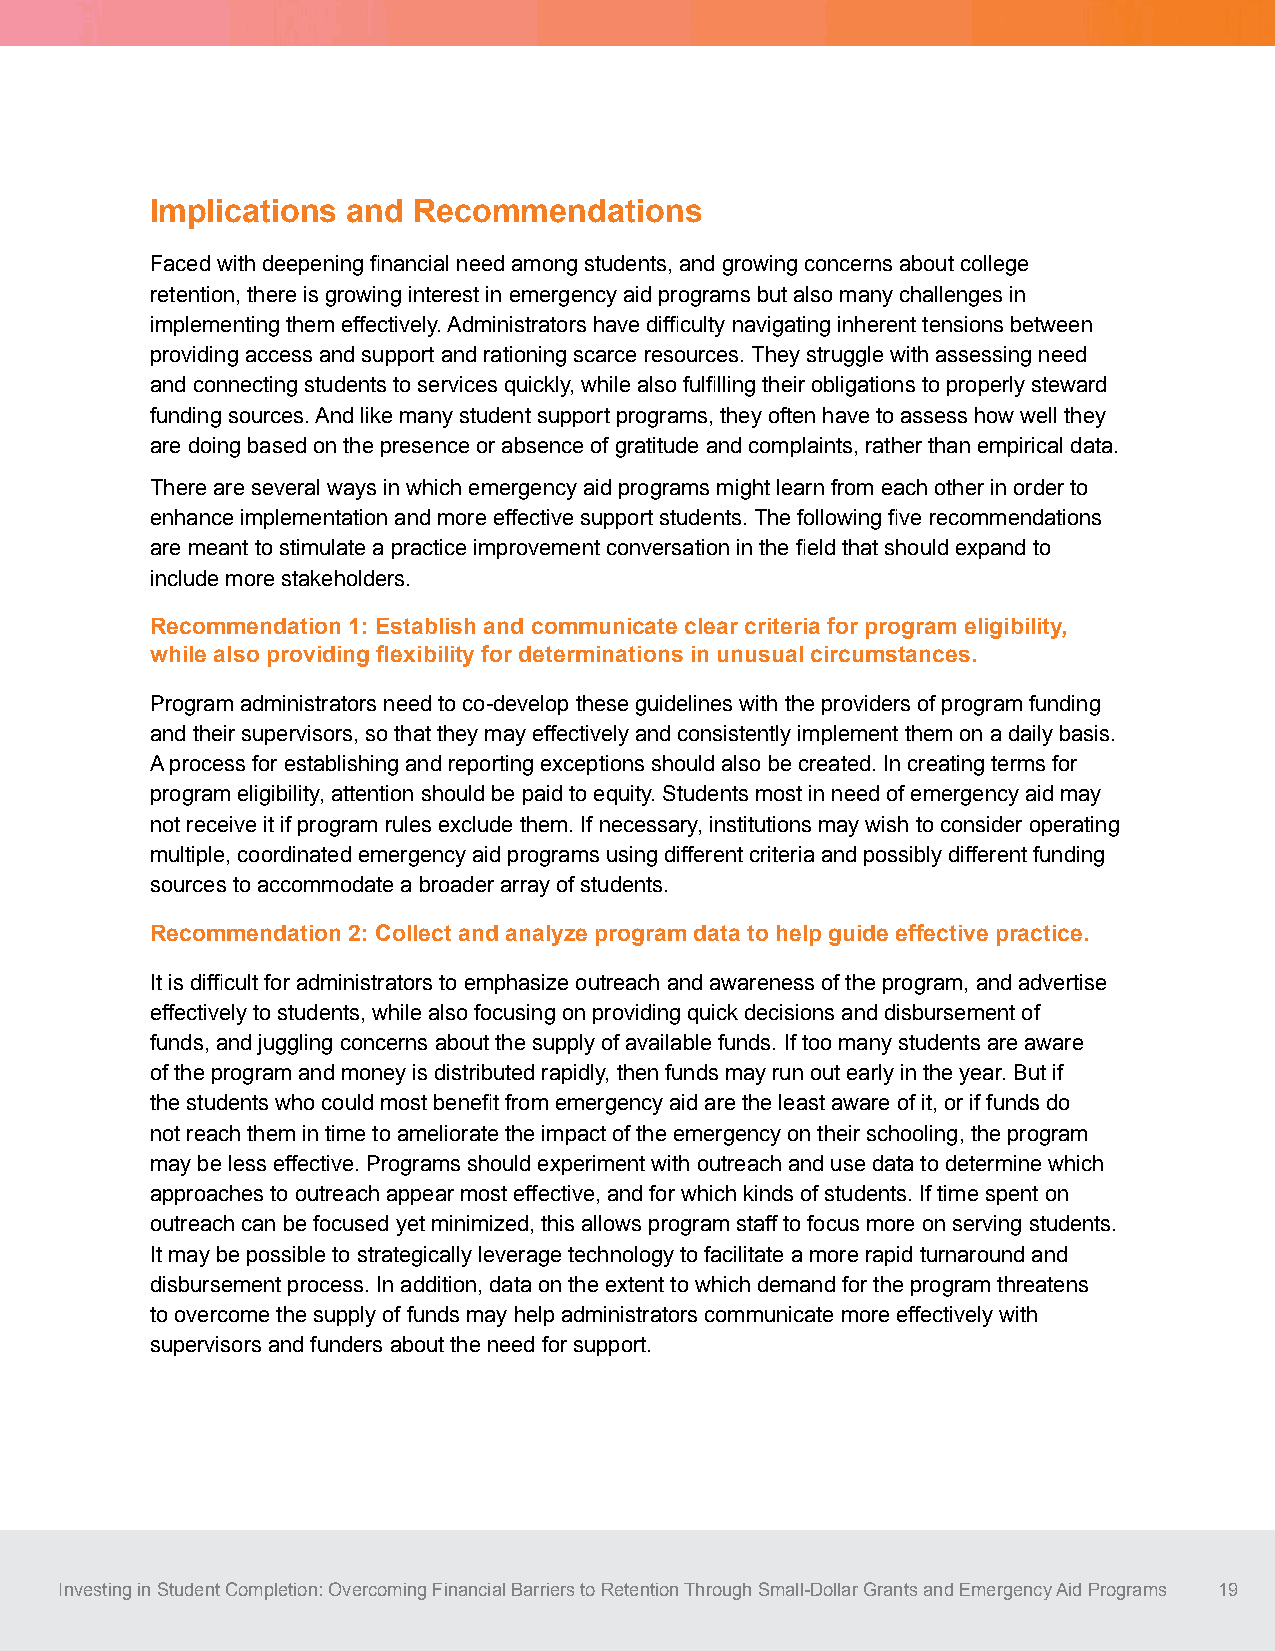
Implications and Recommendations
 Faced with deepening financial need among students, and growing concerns about college
 retention, there is growing interest in emergency aid programs but also many challenges in
 implementing them effectively. Administrators have difficulty navigating inherent tensions between
 providing access and support and rationing scarce resources. They struggle with assessing need
 and connecting students to services quickly, while also fulfilling their obligations to properly steward
 funding sources. And like many student support programs, they often have to assess how well they
 are doing based on the presence or absence of gratitude and complaints, rather than empirical data.
 There are several ways in which emergency aid programs might learn from each other in order to
 enhance implementation and more effective support students. The following five recommendations
 are meant to stimulate a practice improvement conversation in the field that should expand to
 include more stakeholders.
 Recommendation 1: Establish and communicate clear criteria for program eligibility,
 while also providing flexibility for determinations in unusual circumstances.
 Program administrators need to co-develop these guidelines with the providers of program funding
 and their supervisors, so that they may effectively and consistently implement them on a daily basis.
 A process for establishing and reporting exceptions should also be created. In creating terms for
 program eligibility, attention should be paid to equity. Students most in need of emergency aid may
 not receive it if program rules exclude them. If necessary, institutions may wish to consider operating
 multiple, coordinated emergency aid programs using different criteria and possibly different funding
 sources to accommodate a broader array of students.
 Recommendation 2: Collect and analyze program data to help guide effective practice.
 It is difficult for administrators to emphasize outreach and awareness of the program, and advertise
 effectively to students, while also focusing on providing quick decisions and disbursement of
 funds, and juggling concerns about the supply of available funds. If too many students are aware
 of the program and money is distributed rapidly, then funds may run out early in the year. But if
 the students who could most benefit from emergency aid are the least aware of it, or if funds do
 not reach them in time to ameliorate the impact of the emergency on their schooling, the program
 may be less effective. Programs should experiment with outreach and use data to determine which
 approaches to outreach appear most effective, and for which kinds of students. If time spent on
 outreach can be focused yet minimized, this allows program staff to focus more on serving students.
 It may be possible to strategically leverage technology to facilitate a more rapid turnaround and
 disbursement process. In addition, data on the extent to which demand for the program threatens
 to overcome the supply of funds may help administrators communicate more effectively with
 supervisors and funders about the need for support.
 Investing in Student Completion: Overcoming Financial Barriers to Retention Through Small-Dollar Grants and Emergency Aid Programs 19